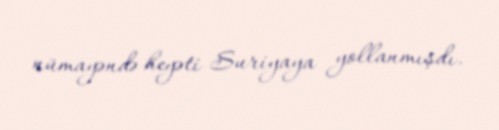
nümayəndə heyəti Suriyaya yollanmışdı.